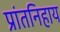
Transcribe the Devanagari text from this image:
प्रांतनिहाय